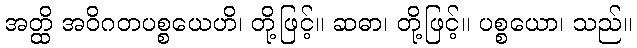
အတ္ထိ အဝိဂတပစ္စယေဟိ၊ တို့ဖြင့်။ ဆဓာ၊ တို့ဖြင့်။ ပစ္စယော၊ သည်။